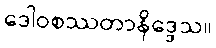
ဒေါဝစဿတာနိဒ္ဒေသ။